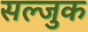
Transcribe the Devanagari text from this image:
सल्जुक